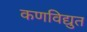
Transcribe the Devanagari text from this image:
कणविद्युत